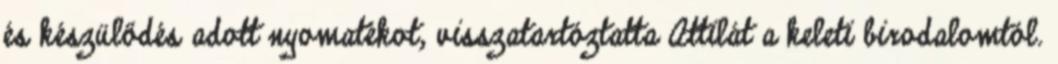
és készülődés adott nyomatékot, visszatartóztatta Attilát a keleti birodalomtól.